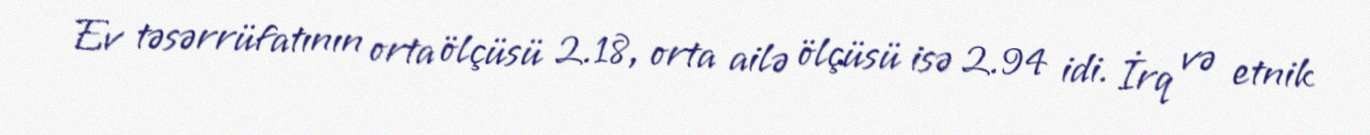
Ev təsərrüfatının orta ölçüsü 2.18, orta ailə ölçüsü isə 2.94 idi. İrq və etnik